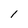
Character: l